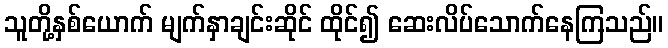
သူတို့နှစ်ယောက် မျက်နှာချင်းဆိုင် ထိုင်၍ ဆေးလိပ်သောက်နေကြသည်။